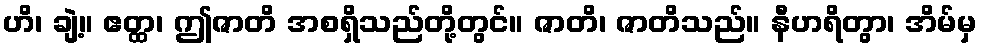
ဟိ၊ ချဲ့။ ဧတ္ထ၊ ဤဇာတိ အစရှိသည်တို့တွင်။ ဇာတိ၊ ဇာတိသည်။ နီဟရိတွာ၊ အိမ်မှ